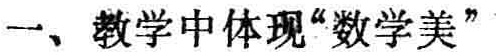
一、教学中体现“数学美”